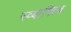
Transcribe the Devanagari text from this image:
स्व्बामित्व